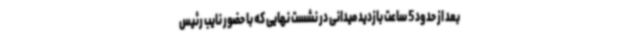
بعد از حدود 5 ساعت بازدید میدانی در نشست نهایی که با حضور نایب رئیس